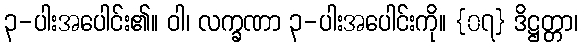
၃-ပါးအပေါင်း၏။ ဝါ၊ လက္ခဏာ ၃-ပါးအပေါင်းကို။ {၀၇} ဒိဋ္ဌတ္တာ၊